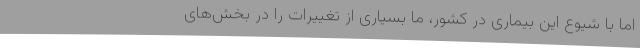
اما با شیوع این بیماری در کشور، ما بسیاری از تغییرات را در بخش‌های